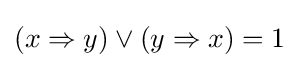
(x\Rightarrow y)\vee (y\Rightarrow x)=1